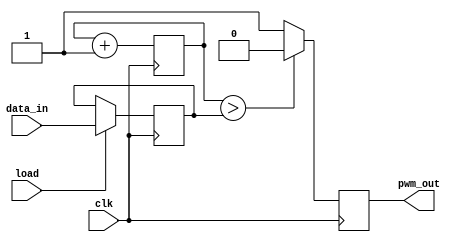
module pwm (clk, data_in, load, pwm_out);

input clk ;
input [9:0] data_in ;
input load ;
output pwm_out ;

reg [9:0] d;
reg [9:0] count;
reg pwm_out ;

always @ (posedge clk)
   if (load == 1'b1) d<= data_in ;
initial count = 10'b0;


always @ (posedge clk) begin
	count <= count + 1'b1;
	if (count > d)
		pwm_out <= 1'b0;
	else 
		pwm_out <= 1'b1;
	end
endmodule